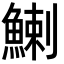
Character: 鯻